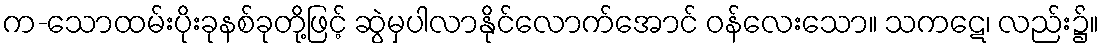
က-သောထမ်းပိုးခုနစ်ခုတို့ဖြင့် ဆွဲမှပါလာနိုင်လောက်အောင် ဝန်လေးသော။ သကဋေ၊ လည်း၌။